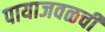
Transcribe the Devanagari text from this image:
पायाजवळची